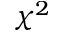
\chi ^ { 2 }